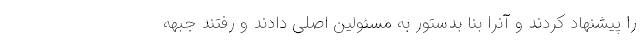
را پیشنهاد کردند و آنرا بنا بدستور به مسئولین اصلی دادند و رفتند جبهه